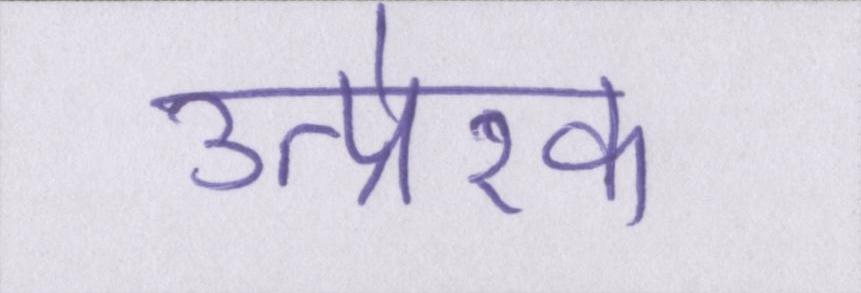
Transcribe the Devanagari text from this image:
उत्प्रेरक